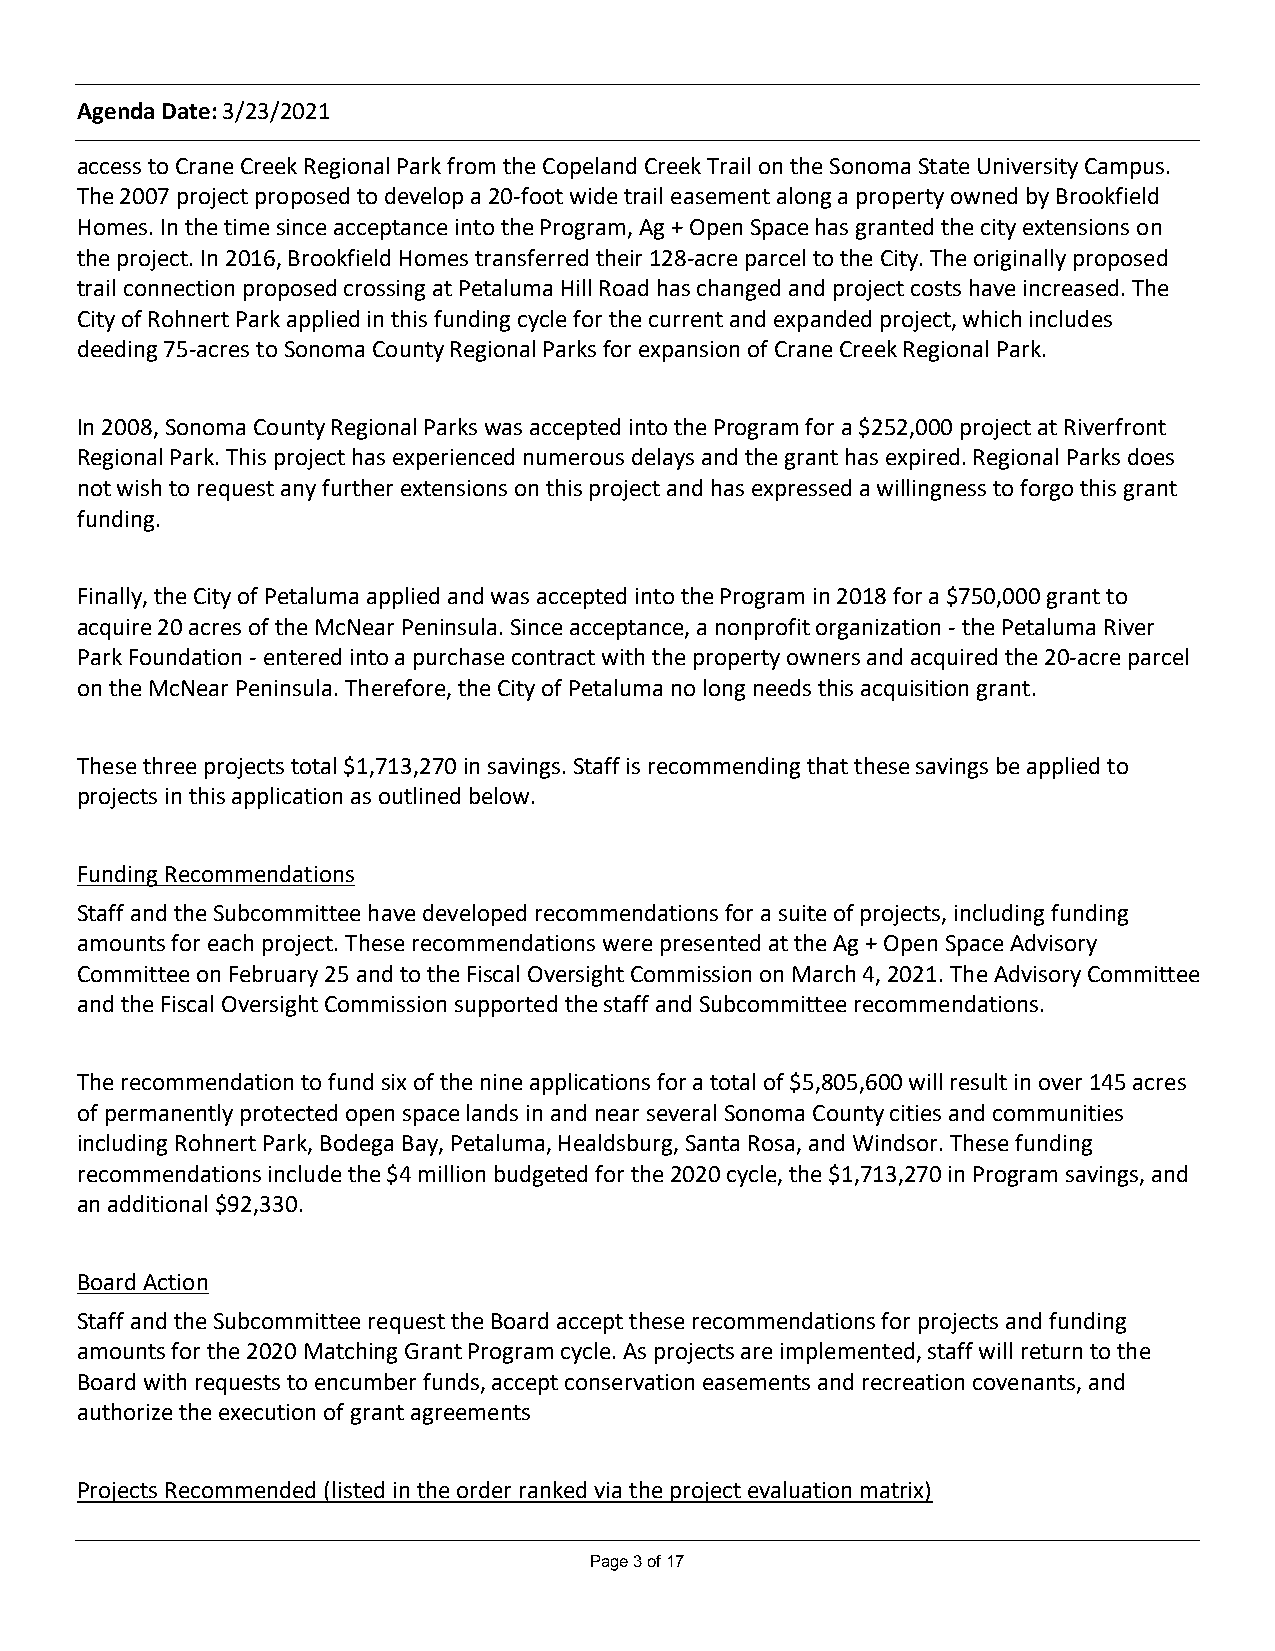
Agenda Date: 3/23/2021
 access to Crane Creek Regional Park from the Copeland Creek Trail on the Sonoma State University Campus.
 The 2007 project proposed to develop a 20-foot wide trail easement along a property owned by Brookfield
 Homes. In the time since acceptance into the Program, Ag + Open Space has granted the city extensions on
 the project. In 2016, Brookfield Homes transferred their 128-acre parcel to the City. The originally proposed
 trail connection proposed crossing at Petaluma Hill Road has changed and project costs have increased. The
 City of Rohnert Park applied in this funding cycle for the current and expanded project, which includes
 deeding 75-acres to Sonoma County Regional Parks for expansion of Crane Creek Regional Park.
 In 2008, Sonoma County Regional Parks was accepted into the Program for a $252,000 project at Riverfront
 Regional Park. This project has experienced numerous delays and the grant has expired. Regional Parks does
 not wish to request any further extensions on this project and has expressed a willingness to forgo this grant
 funding.
 Finally, the City of Petaluma applied and was accepted into the Program in 2018 for a $750,000 grant to
 acquire 20 acres of the McNear Peninsula. Since acceptance, a nonprofit organization - the Petaluma River
 Park Foundation - entered into a purchase contract with the property owners and acquired the 20-acre parcel
 on the McNear Peninsula. Therefore, the City of Petaluma no long needs this acquisition grant.
 These three projects total $1,713,270 in savings. Staff is recommending that these savings be applied to
 projects in this application as outlined below.
 Funding Recommendations
 Staff and the Subcommittee have developed recommendations for a suite of projects, including funding
 amounts for each project. These recommendations were presented at the Ag + Open Space Advisory
 Committee on February 25 and to the Fiscal Oversight Commission on March 4, 2021. The Advisory Committee
 and the Fiscal Oversight Commission supported the staff and Subcommittee recommendations.
 The recommendation to fund six of the nine applications for a total of $5,805,600 will result in over 145 acres
 of permanently protected open space lands in and near several Sonoma County cities and communities
 including Rohnert Park, Bodega Bay, Petaluma, Healdsburg, Santa Rosa, and Windsor. These funding
 recommendations include the $4 million budgeted for the 2020 cycle, the $1,713,270 in Program savings, and
 an additional $92,330.
 Board Action
 Staff and the Subcommittee request the Board accept these recommendations for projects and funding
 amounts for the 2020 Matching Grant Program cycle. As projects are implemented, staff will return to the
 Board with requests to encumber funds, accept conservation easements and recreation covenants, and
 authorize the execution of grant agreements
 Projects Recommended (listed in the order ranked via the project evaluation matrix)
 Page 3 of 17